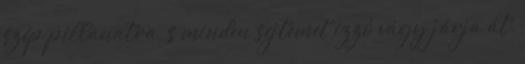
szép pillanatra, s minden sejtemet izzó vágy járja át.